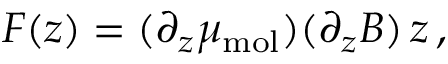
F ( z ) = ( \partial _ { z } \mu _ { \mathrm { m o l } } ) ( \partial _ { z } B ) \, z \, ,